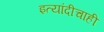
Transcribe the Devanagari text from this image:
इत्यांदीचाही